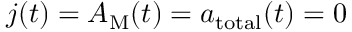
j ( t ) = A _ { \mathrm { M } } ( t ) = a _ { \mathrm { t o t a l } } ( t ) = 0